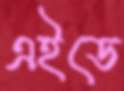
এইডে